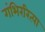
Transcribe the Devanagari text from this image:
गंभिररित्या